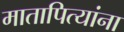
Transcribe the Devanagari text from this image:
मातापित्यांना